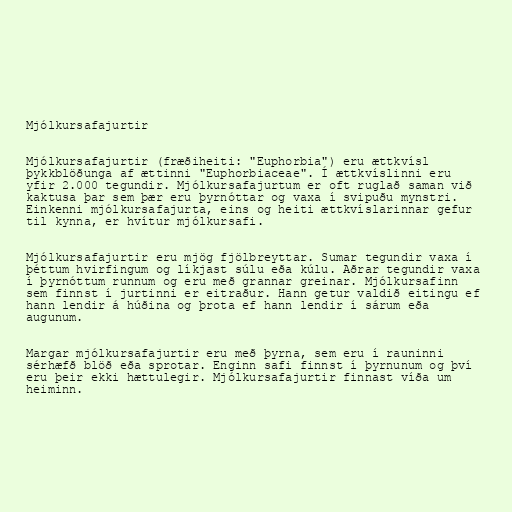
Mjólkursafajurtir

Mjólkursafajurtir (fræðiheiti: "Euphorbia") eru ættkvísl
þykkblöðunga af ættinni "Euphorbiaceae". Í ættkvíslinni eru
yfir 2.000 tegundir. Mjólkursafajurtum er oft ruglað saman við
kaktusa þar sem þær eru þyrnóttar og vaxa í svipuðu mynstri.
Einkenni mjólkursafajurta, eins og heiti ættkvíslarinnar gefur
til kynna, er hvítur mjólkursafi.

Mjólkursafajurtir eru mjög fjölbreyttar. Sumar tegundir vaxa í
þéttum hvirfingum og líkjast súlu eða kúlu. Aðrar tegundir vaxa
í þyrnóttum runnum og eru með grannar greinar. Mjólkursafinn
sem finnst í jurtinni er eitraður. Hann getur valdið eitingu ef
hann lendir á húðina og þrota ef hann lendir í sárum eða
augunum.

Margar mjólkursafajurtir eru með þyrna, sem eru í rauninni
sérhæfð blöð eða sprotar. Enginn safi finnst í þyrnunum og því
eru þeir ekki hættulegir. Mjólkursafajurtir finnast víða um
heiminn.